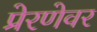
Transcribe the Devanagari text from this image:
प्रेरणेवर